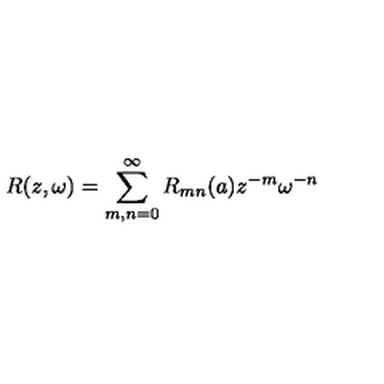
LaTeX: R ( z , \omega ) = \sum _ { m , n = 0 } ^ { \infty } R _ { m n } ( a ) z ^ { - m } \omega ^ { - n }